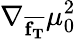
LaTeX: \nabla_{\overline{{\mathbf{f_{T}}}}}\mu_{0}^{2}